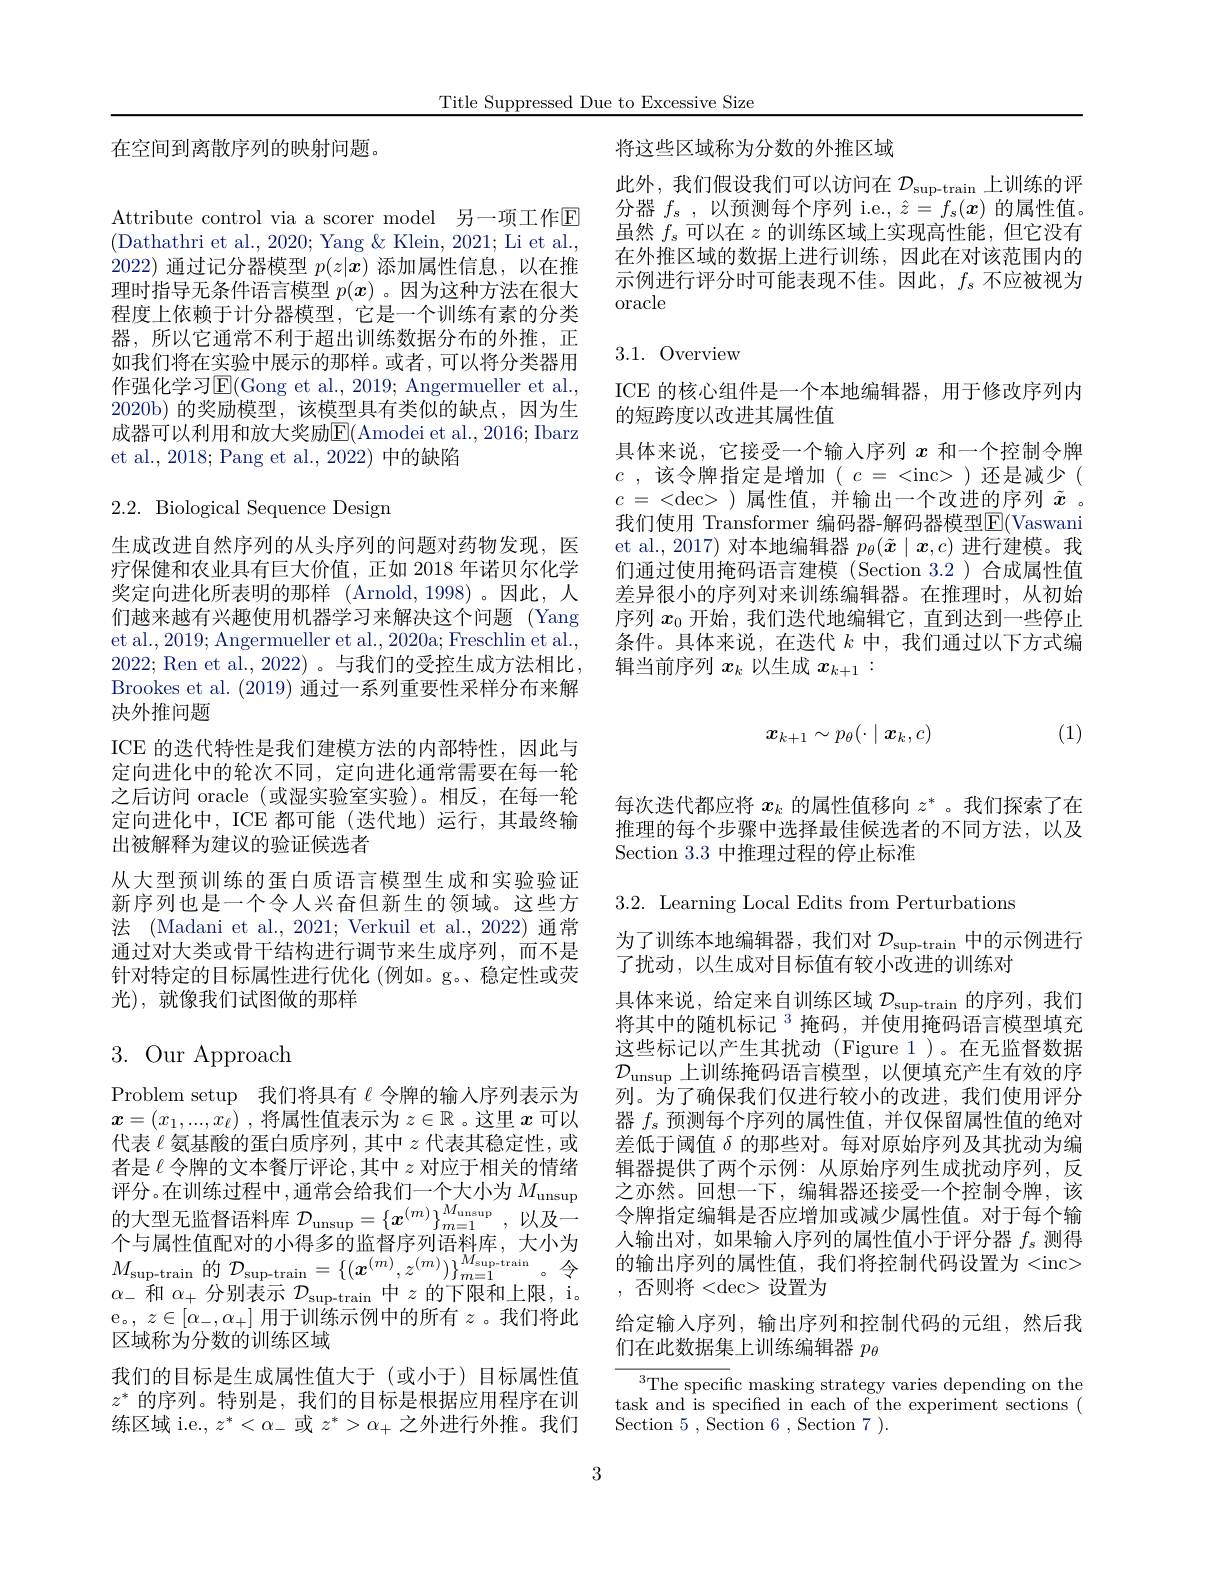
Title Suppressed Due to Excessive Size

在空间到离散序列的映射问题。

Attribute control via a scorer model 另一项工作$\mathbb{E}$ (Dathathri et al., 2020; Yang & Klein, 2021; Li et al., 2022) 通过记分器模型$p(z|x)$添加属性信息，以在推理时指导无条件语言模型$p(\boldsymbol{x})$ 。因为这种方法在很大程度上依赖于计分器模型，它是一个训练有素的分类器，所以它通常不利于超出训练数据分布的外推，正如我们将在实验中展示的那样。或者，可以将分类器用作强化学习$\operatorname{E}($Gong et al., 2019; Angermueller et al., 2020b)的奖励模型，该模型具有类似的缺点，因为生成器可以利用和放大奖励$\overline{\mathbb{E}}($Amodei et al., 2016; Ibarz et al., 2018; Pang et al., 2022) 中的缺陷

# 2.2. Biological Sequence Design

生成改进自然序列的从头序列的问题对药物发现，医疗保健和农业具有巨大价值，正如 2018 年诺贝尔化学奖定向进化所表明的那样 (Arnold,1998)。因此，人们越来越有兴趣使用机器学习来解决这个问题 (Yang et al., 2019; Angermueller et al., 2020a; Freschlin et al., 2022; Ren et al., 2022) 。与我们的受控生成方法相比Brookes et al. (2019) 通过一系列重要性采样分布来解决外推问题
ICE 的迭代特性是我们建模方法的内部特性，因此与定向进化中的轮次不同，定向进化通常需要在每一轮之后访问 oracle (或湿实验室实验)。相反，在每一轮定向进化中，ICE 都可能(迭代地)运行，其最终输出被解释为建议的验证候选者
从大型预训练的蛋白质语言模型生成和实验验证新序列也是一个令人兴奋但新生的领域。这些方法 (Madani et al., 2021; Verkuil et al., 2022) 通常通过对大类或骨干结构进行调节来生成序列，而不是针对特定的目标属性进行优化 (例如。g。稳定性或荧光),就像我们试图做的那样

# 3. Our Approach

Problem setup 我们将具有$\ell$令牌的输人序列表示为$\boldsymbol{x}= ( x_1, . . . , x_\ell )$ ,将属性值表示为$z\in\mathbb{R}$ 。这里$x$可以代表$\ell$氨基酸的蛋白质序列，其中$z$代表其稳定性，或者是《令牌的文本餐厅评论，其中$z$对应于相关的情绪评分。在训练过程中，通常会给我们一个大小为$M_\mathrm{unsup}$ 的 大 型 无 监 督 语 料 库 $\mathcal{D} _{\mathrm{unsup}}= \left \{ \boldsymbol{x}^{( m) }\right \} _{m= 1}^{M_{\mathrm{unsup}}}$,以 及 一 个 上 目 此 在 南 北 地 上 但 在 此 此 一 可 以 开 业 中个与属性值配对的小得多的监督序列语料库，大小为$M_{\mathrm{sup-train}}$的$\mathcal{D}_\mathrm{sup-train}=\{(x^{(m)},z^{(m)})\}_{m=1}^{M_{\mathrm{sup-train}}}。令$ $\alpha_{-}$和$\alpha_+$分别表示$\mathcal{D}_\mathrm{sup-train}$中$z$的下限和上限，i。$\begin{array}{l}{\mathrm{e。,~}z\in[\alpha_{-},\alpha_{+}]\text{ 用于训练示例中的所有 }z}\end{array}$。我们将此区域称为分数的训练区域
我们的目标是生成属性值大于(或小于)目标属性值$z^*$的序列。特别是，我们的目标是根据应用程序在训练区域 i.e., $z^*<\alpha_-$或$z^*>\alpha_+$之外进行外推。我们

将这些区域称为分数的外推区域

此外，我们假设我们可以访问在$\mathcal{D}_\mathrm{sup-train}$上训练的评分器$f_s$,以预测每个序列 i.e., $\hat{z}=f_s(x)$的属性值。虽然$f_s$可以在$z$的训练区域上实现高性能，但它没有在外推区域的数据上进行训练，因此在对该范围内的示例进行评分时可能表现不佳。因此，$f_s$不应被视为oracle

# 3.1. Overview

ICE 的核心组件是一个本地编辑器，用于修改序列内
的短跨度以改进其属性值
具体来说，它接受一个输人序列$x$和一个控制令牌$c$ , 该令牌指定是增加( $c$ = <inc>)还是减少( $c=<$dec>)属性值，并输出一个改进的序列$\tilde{x}$ 。我们使用 Transformer 编码器-解码器模型$\overline{\mathrm{F}}($Vaswani et al., 2017) 对本地编辑器$p_\theta(\tilde{\boldsymbol{x}}\mid\boldsymbol{x},c)$进行建模。我们通过使用掩码语言建模 (Section 3.2)合成属性值差异很小的序列对来训练编辑器。在推理时，从初始序列$x_0$开始，我们迭代地编辑它，直到达到一些停止条件。具体来说，在迭代$k$中，我们通过以下方式编辑当前序列$x_k$以生成$x_{k+1}:$
$$x_{k+1}\sim p_\theta(\cdot\mid\boldsymbol{x}_k,c)$$
(1)

每次迭代都应将$x_k$的属性值移向$z^*$ 。我们探索了在推理的每个步骤中选择最佳候选者的不同方法，以及Section 3.3中推理过程的停止标准

3.2. Learning Local Edits from Perturbations

为了训练本地编辑器，我们对$\mathcal{D}_\mathrm{sup-train}$中的示例进行
了扰动，以生成对目标值有较小改进的训练对
具体来说，给定来自训练区域$\mathcal{D}_\mathrm{sup-train}$的序列，我们将其中的随机标记$^3$掩码，并使用掩码语言模型填充这些标记以产生其扰动(Figure 1)。在无监督数据$\mathcal{D}_{\mathrm{unsup}}$上训练掩码语言模型，以便填充产生有效的序列。为了确保我们仅进行较小的改进，我们使用评分器$f_s$预测每个序列的属性值，并仅保留属性值的绝对差低于阈值$\delta$的那些对。每对原始序列及其扰动为编辑器提供了两个示例：从原始序列生成扰动序列，反之亦然。回想一下，编辑器还接受一个控制令牌，该令牌指定编辑是否应增加或减少属性值。对于每个输人输出对，如果输入序列的属性值小于评分器$f_s$测得的输出序列的属性值，我们将控制代码设置为 <inc> , 否则将<dec> 设置为

给定输人序列，输出序列和控制代码的元组，然后我
们在此数据集上训练编辑器$p_\mathrm{\theta}$

$^{3}$The specific masking strategy varies depending on the task and is specified in each of the experiment sections ( Section 5 , Section 6 , Section 7 ).

3